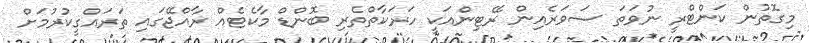
މިގޮތުން ކަންޓްރީ ނުވަތަ ސަވަރެއިން ރޭޓިންއަކީ ހަރަކާތްތެރި ބޮންޑް މާކެޓެއް ރާއްޖޭގައި ތަރައްގީކުރުމަށް